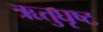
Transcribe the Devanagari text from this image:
ऋतुघृष्ट